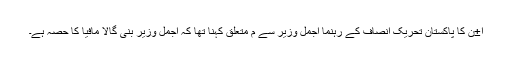
ا±ن کا پاکستان تحریک انصاف کے رہنما اجمل وزیر سے م متعلق کہنا تھا کہ اجمل وزیر بنی گالا مافیا کا حصہ ہے۔